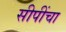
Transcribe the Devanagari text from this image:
सीपींचा